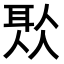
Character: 𦕦